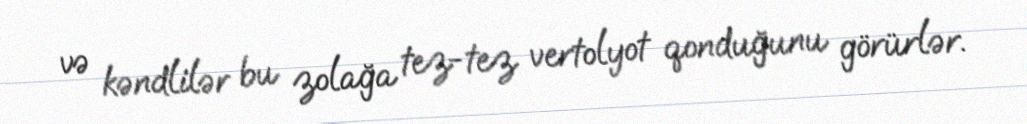
və kəndlilər bu zolağa tez-tez vertolyot qonduğunu görürlər.